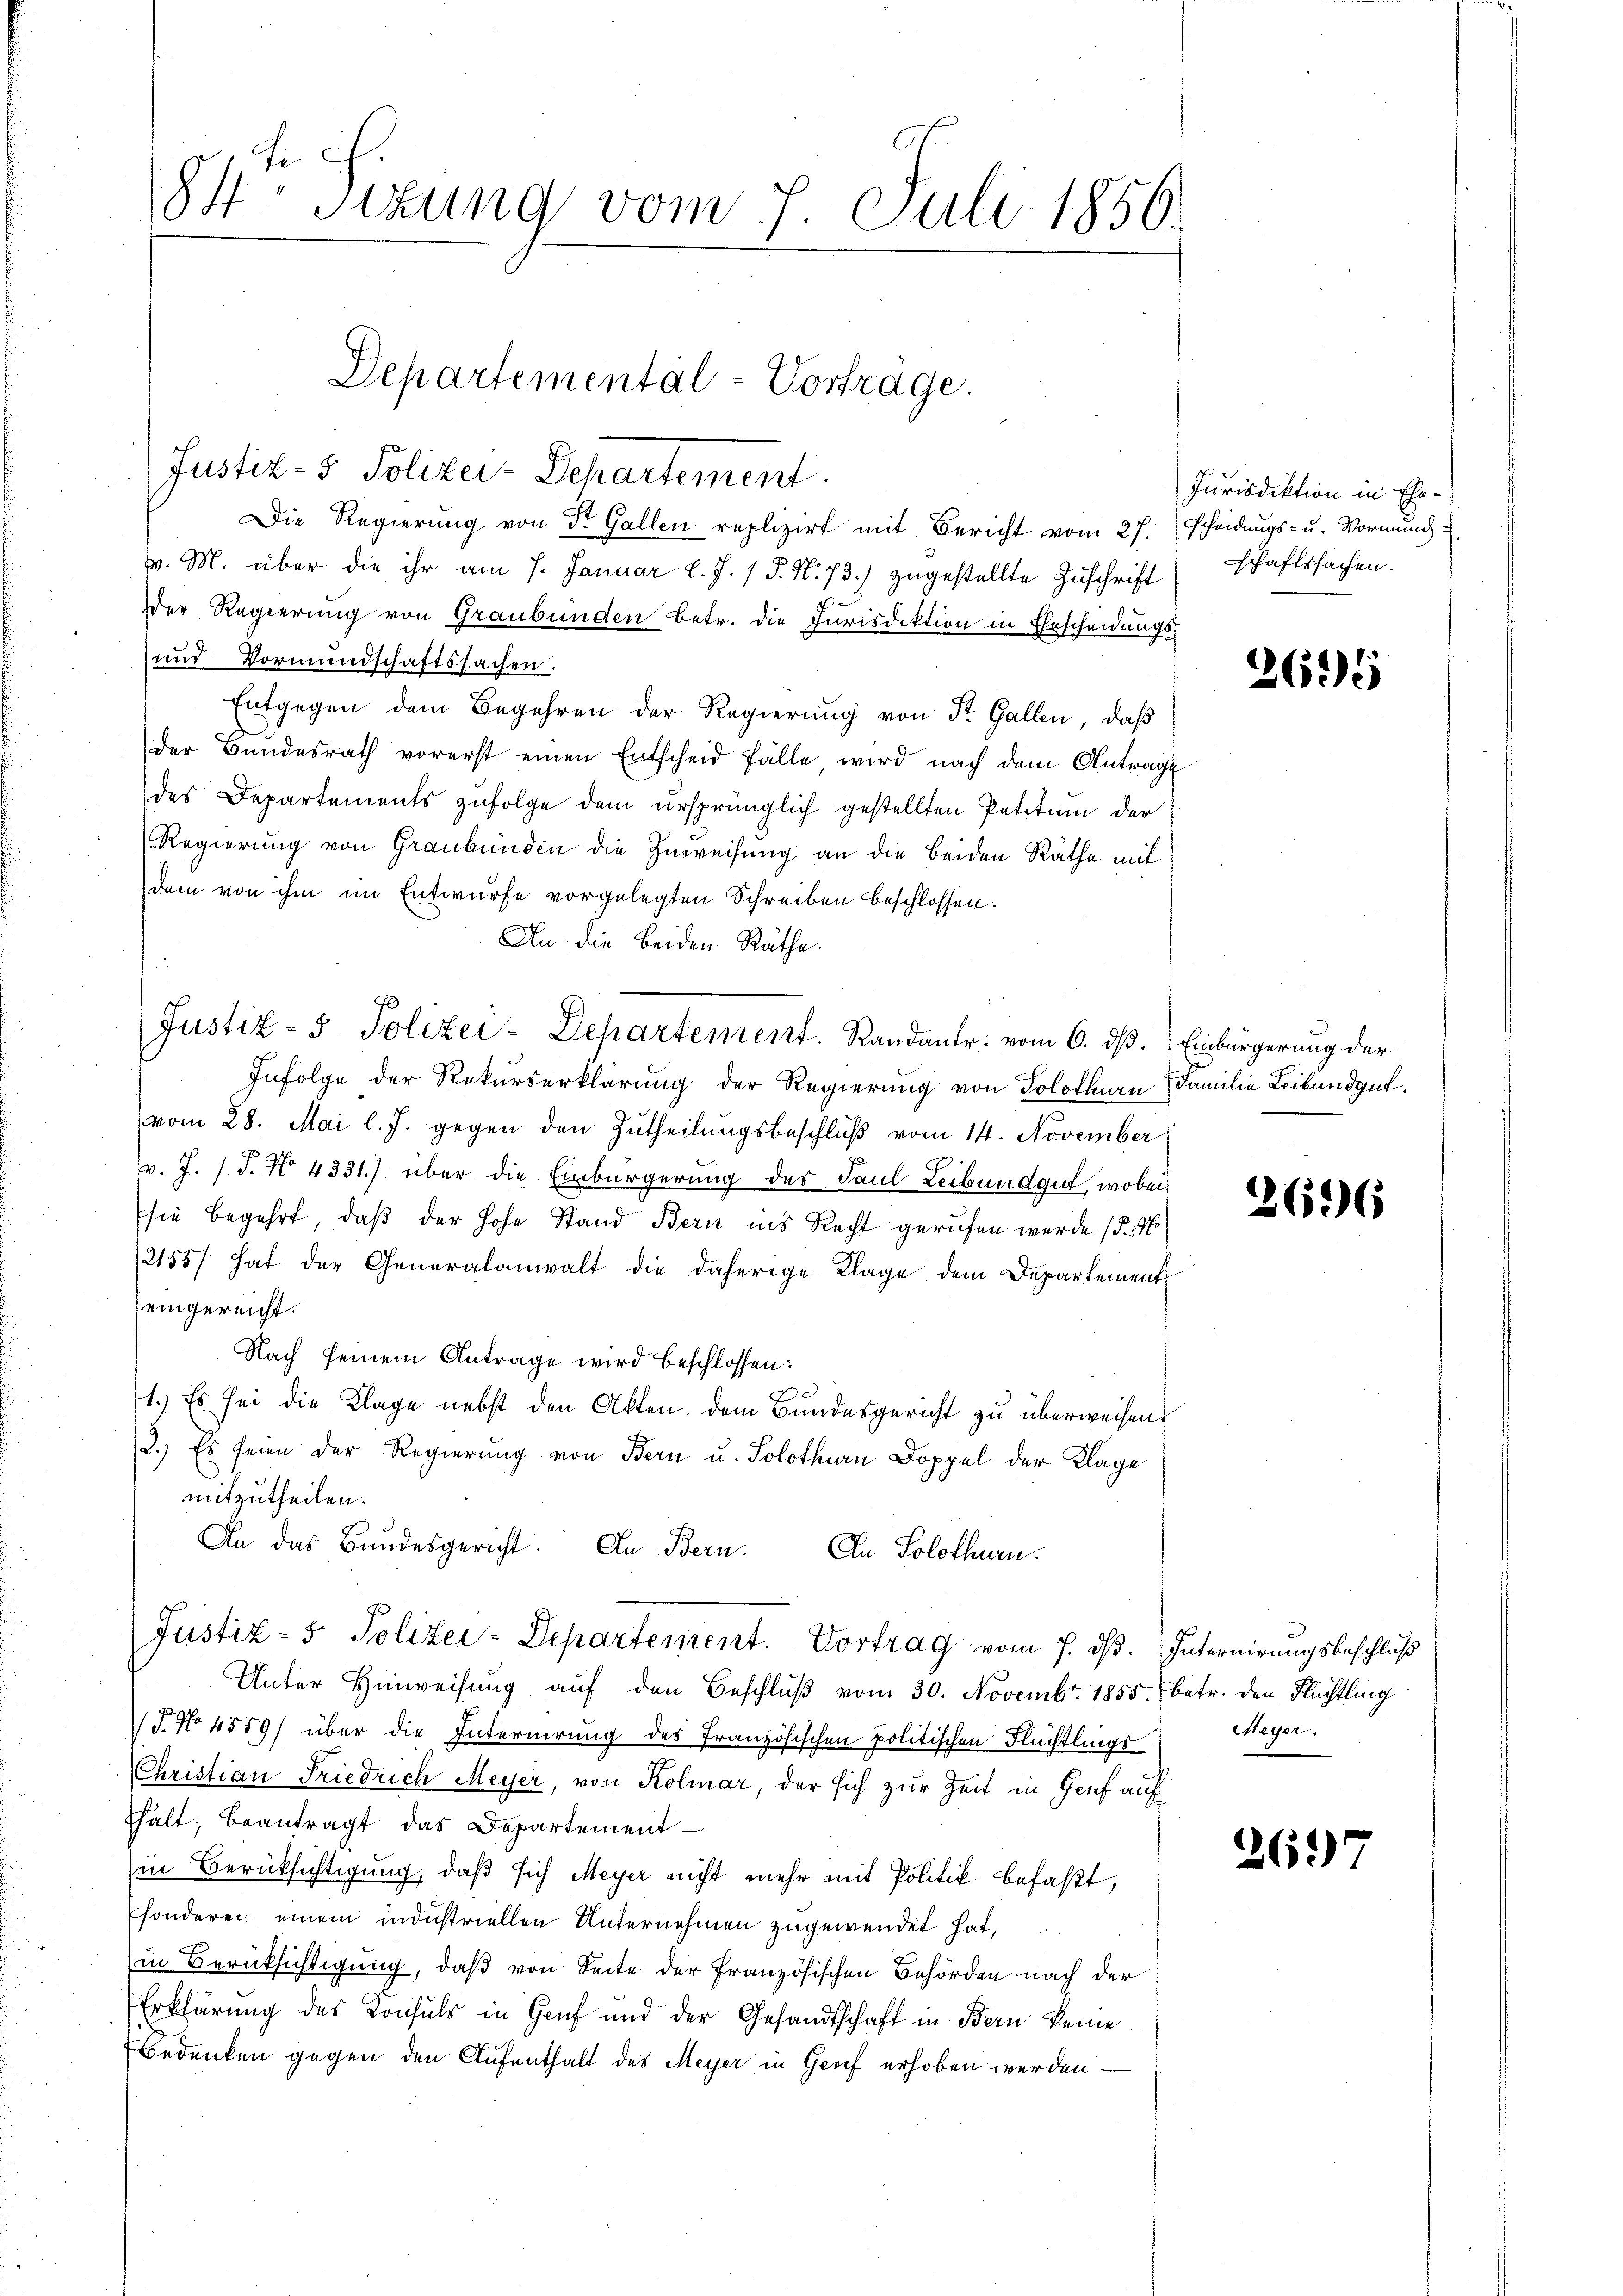
84 sizung vom 7. Juli 1856.

v. M. über die ihr am 7. Januar l. J. / P. Nr. 73.) zugestellte Zuschrift schaftssachen.
Der Regierung von Graubünden betr. die Jurisdiktion in Erscheidungs-
und Vormundschaftssachen.
Entgegen dem Begehren der Regierŭng von St. Gallen, daß
der Bundesrath vorerst einen Entscheid fälle wird nach dem Antrage
des Departements zŭfolge dem ursprünglich gestellten Petitum der
Regierung von Graubünden die Zuweisung an die beiden Räthe mit
dem von ihm im Entwurfe vorgelegten Schreiben beschlossen.
An die beiden Räthe
Infolge der Rekurserklärung der Regierung von Solothurn, Familie Leibendgut.
vom 28. Mai l. J. gegen den Zutheilŭngsbeschlŭβ vom 14. November
v. J. J. No 4331.) über die Einbürgerung des Paul Leibundgut, wobei
sie begehrt, daß der hohe Stand Bern ins Recht gerufen wurde (d. M.
2155/ hat der Generalanwalt die daherige Klage dem Departement
eingereicht.
Nach seinem Antrage wird beschlossen:
1.) Es sei die Klage nebst den Akten dem Bundesgericht zu überweisen.
2.) Es seien der Regierung von Bern u. Solothurn Doppel der Klage
mitzutheilen.
An das Bundesgericht. An Bern. An Solothurn.
Justiz- & Polizei-Departement. Vortrag vom 7. dß. Internirungsbeschluß
Unter Hinweisung aŭf den Beschlŭβ vom 30. Novembr. 1855. betr. den Flüchtling
F. No 4559) über die Internirung des Französischen politischen Flüchtlings Meyer.
Christian Friedrich Meyer, von Kolmar, der sich zur Zeit in Genf auf
thält; beantragt das Departement
in Berücksichtigung, daß sich Meyer nicht mehr mit Politik befaßt,
sonderei einem industriellen Unternehmen zugewendet hat,
in Berücksichtigung, daß von Seite der französischen Behörden nach der
Erklärung des Konsuls in Gruf und der Gesandtschaft in Bern keine
Bedenken gegen den Aufenthalt des Meyer in Greif erhoben werden

Departemental-Vorträge.
Justiz- & Polizei-Departement.
Die Regierung von Dr. Gallen replizirt mit Bericht vom 27.

Justiz- & Polizei-Departement. Randante. vom 6. dβ.

Jurisdiktion in Ehescheidungs- u. Vormund

2695

Einbürgerung der

2696

261)